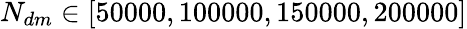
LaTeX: N_{dm}\in[50000,100000,150000,200000]